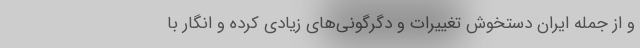
و از جمله ایران دستخوش تغییرات و دگرگونی‌های زیادی کرده و انگار با